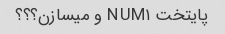
پایتخت NUM۱ و میسازن؟؟؟